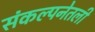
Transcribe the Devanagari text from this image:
संकल्पनेतली